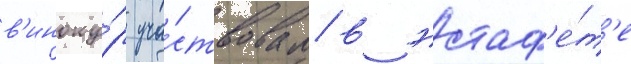
в'иноку́р уча́ствовал в эстаф'е́т'е